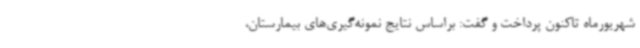
شهریورماه تاکنون پرداخت و گفت: براساس نتایج نمونه‌گیری‌های بیمارستان،